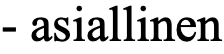
- asiallinen